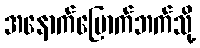
အနောက်မြောက်ဘက်သို့